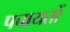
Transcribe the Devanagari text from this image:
पचायतों